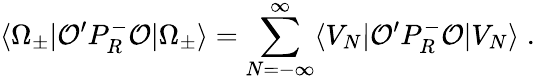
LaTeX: \langle\Omega_{\pm}|{\cal O}^{\prime}P_{R}^{-}{\cal O}|\Omega_{\pm}\rangle=\sum_{N=-\infty}^{\infty}\langle V_{N}|{\cal O}^{\prime}P_{R}^{-}{\cal O}|V_{N}\rangle\; .